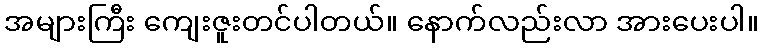
အများကြီး ကျေးဇူးတင်ပါတယ်။ နောက်လည်းလာ အားပေးပါ။